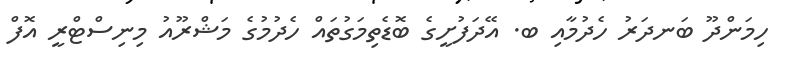
ހިމަންދޫ ބަނދަރު ހެދުމާއި ބ. އޭދަފުށީގެ ބޮޑެތިމަގުތައް ހެދުމުގެ މަޝްރޫއު މިނިސްޓްރީ އޮފް